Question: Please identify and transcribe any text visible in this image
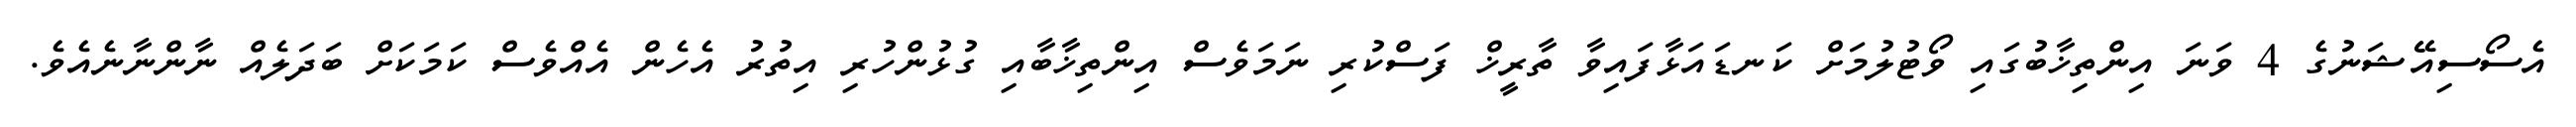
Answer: އެސޯސިއޭޝަނުގެ 4 ވަނަ އިންތިޚާބުގައި ވޯޓުލުމަށް ކަނޑައަޅާފައިވާ ތާރީޚް ފަސްކުރި ނަމަވެސް އިންތިޚާބާއި ގުޅުންހުރި އިތުރު އެހެން އެއްވެސް ކަމަކަށް ބަދަލެއް ނާންނާނެއެވެ.